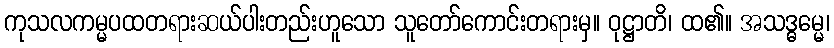
ကုသလကမ္မပထတရားဆယ်ပါးတည်းဟူသော သူတော်ကောင်းတရားမှ။ ဝုဋ္ဌာတိ၊ ထ၏။ အသဒ္ဓမ္မေ၊